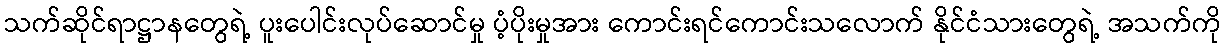
သက်ဆိုင်ရာဋ္ဌာနတွေရဲ့ ပူးပေါင်းလုပ်ဆောင်မှု ပံ့ပိုးမှုအား ကောင်းရင်ကောင်းသလောက် နိုင်ငံသားတွေရဲ့ အသက်ကို